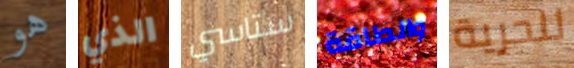
هو الذي ستاسي والطاقة للحرية